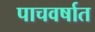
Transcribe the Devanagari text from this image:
पाचवर्षात